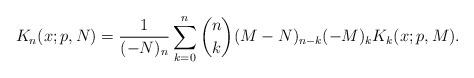
LaTeX: \begin{align*}K_{n}(x;p,N)=\frac{1}{(-N)_n}\sum_{k=0}^{n}\binom{n}{k}(M-N)_{n-k}(-M)_kK_k(x;p,M).\end{align*}